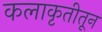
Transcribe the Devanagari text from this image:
कलाकृतीतून